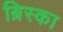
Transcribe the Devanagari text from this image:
ब्रिस्का